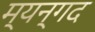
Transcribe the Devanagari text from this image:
म्यन्गद